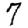
Digit: 7